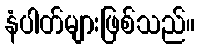
နံပါတ်များဖြစ်သည်။